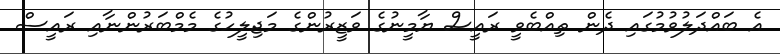
އެ ބައްދަލުވުމުގައި ދެން ތިއްބެވީ ރައީސް ޔާމީނުގެ ވަޒީރުންގެ މަޖިލީހުގެ މެމްބަރުންނާއި ރައީސް